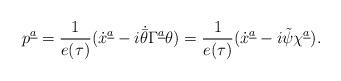
LaTeX: \begin{align*}p^{\underline a}={1\over{e(\tau)}}(\dot x^{\underline a}-i\dot{\bar\theta}\Gamma^{\underline a}\theta)={1\over{e(\tau)}}(\dot x^{\underline a}-i\tilde\psi\chi^{\underline a}).\end{align*}